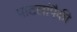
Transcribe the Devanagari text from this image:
पाटलांपैकी